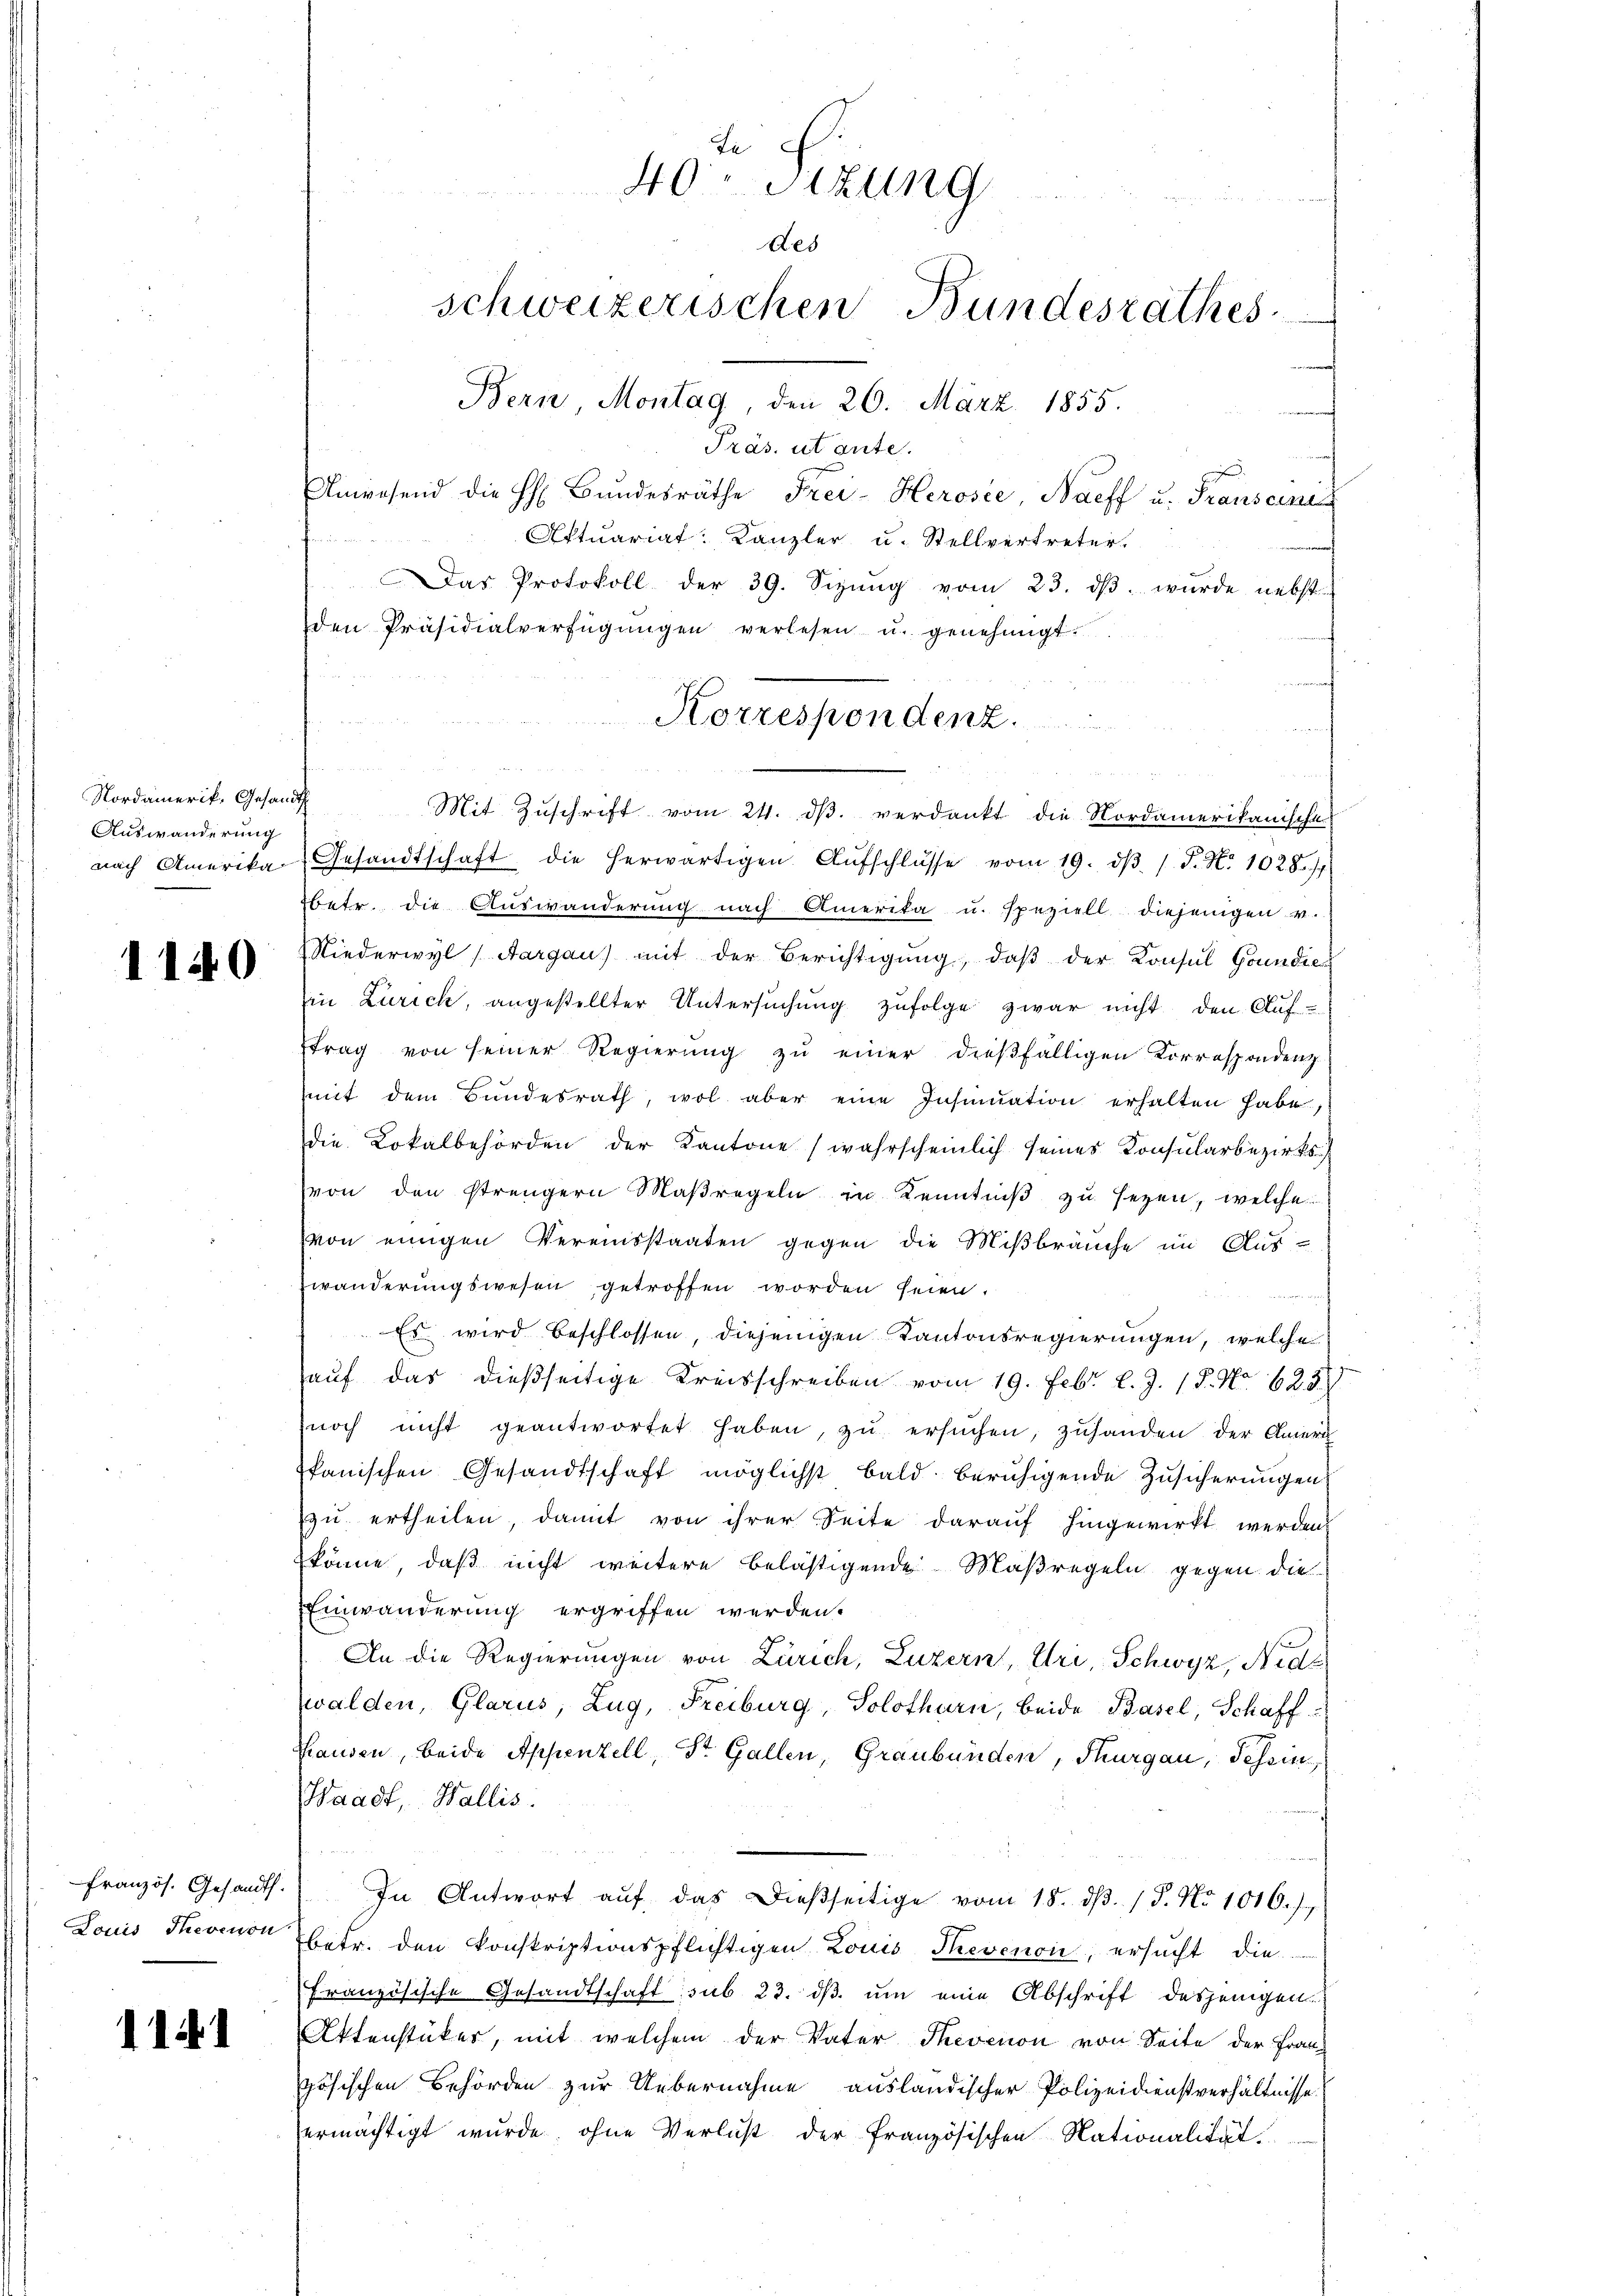
Nordamerik, Gesandt
Auswanderung

1140

französ. Gesandth.
Louis Tession

11

Fe
40 Sizung
Des
schweizerischen Bundesrathes
Bern, Montag, den 26. März 1855.
Präs. utante.
Anwesend die h. Bŭndesräthe Frei-Herosée, Naeff u. Transcinis
Aktuariat Kanzler u. Stellvertreter.
Das Protokoll der 39. Sizŭng vom 23. dβ. wurde nebst
den Präsidialverfügŭngen verlesen u. genehmigt.

Korrespondenz.

u
Mit Zŭschrift vom 24. dβ. verdankt die Nordamerikanische
nach Amerika, Gesandtschaft die herwärtigen. Aŭfschlŭsse vom 19. dβ. 1 S. Nr. 1028. 77
betr. die Auswanderung nach Amerika u. speziell diejenigen v.
Niederwyl (Aargau) mit der Berichtigŭng, daβ der Konsul Goundie
Ein Zürich, angestellter Untersŭchŭng zŭfolge zwar nicht den Auf
Etrag von seiner Regierung zu einer dießfälligen Korrespondenz
mit dem Bŭndesrath, wol aber eine Insinuation erhalten habe,
die Lokalbehörden der Kantone (wahrscheinlich seines Konsularbezirks
von den strengern Maßregeln in Kenntniβ zŭ sezen, welche
von einigen Vereinsstaaten gegen die Mißbräuche im Aus-
wänderungswesen getroffen worden seien.
Es wird beschlossen, diejenigen Kantonsregierungen, welche
aŭf das dießseitige Kreisschreiben vom 19. Febr. l. J. 18. No 625.
noch nicht geantwortet haben, zŭ ersŭchen, zŭhanden der Aner
Ikanischen Gesandtschaft möglichst bald beruhigende Zusicherungen
zu ertheilen, damit von ihrer Seite darauf hingewirkt werden.
könne, daß nicht weitere belästigende Maßregeln gegen die
Einwanderung ergriffen werden.
An die Regierungen von Zürich, Luzern, Uri, Schwyz, Nidz
zwalden, Glarus, Zug, Freiburg, Solothurn, beide Basel, Schaff¬
Hausen, beide Appenzell, Dr. Gallen, Graubünden, Thurgau, Schein
Waadt, Wallis.
In Antwort aŭf das dießseitige vom 18. dβ. / 5. No 1016.)
betr. den konskriptionspflichtigen Louis Thevenoi, ersucht die
französische Gesandtschaft sub 23. dβ ŭm eine Abschrift desjenigen
Aktenstücker, mit welchem der Vater Theoenon von Seite der Französischen Behörden zur Uebernahme ausländischer Polizeidienstverhältnisse.
ermächtigt wurde, ohne Verlust der französischen Nationalität

n